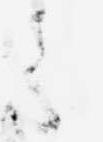
候